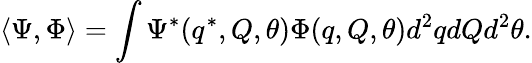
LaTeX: \langle\Psi,\Phi\rangle=\int\Psi^{*}(q^{*},Q,\theta)\Phi(q,Q,\theta)d^{2}qdQd^{2}\theta.